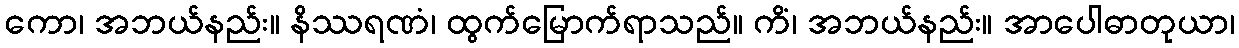
ကော၊ အဘယ်နည်း။ နိဿရဏံ၊ ထွက်မြောက်ရာသည်။ ကိံ၊ အဘယ်နည်း။ အာပေါဓာတုယာ၊